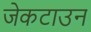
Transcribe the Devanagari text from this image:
जेकटाउन